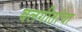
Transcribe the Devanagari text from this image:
बलगीतांचा